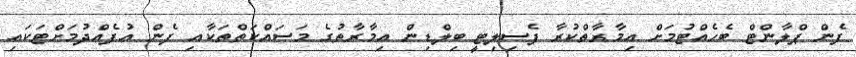
ފެން ޕްލާންޓް ބެހެއްޓުމަށް އިމާރާތްކުރާ ފެސިލިޓީ ބިލްޑިން އިމާރާތުގެ މަސައްކަތްތަކާއި ފެން އުފެއްދުމަށްޓަކައި